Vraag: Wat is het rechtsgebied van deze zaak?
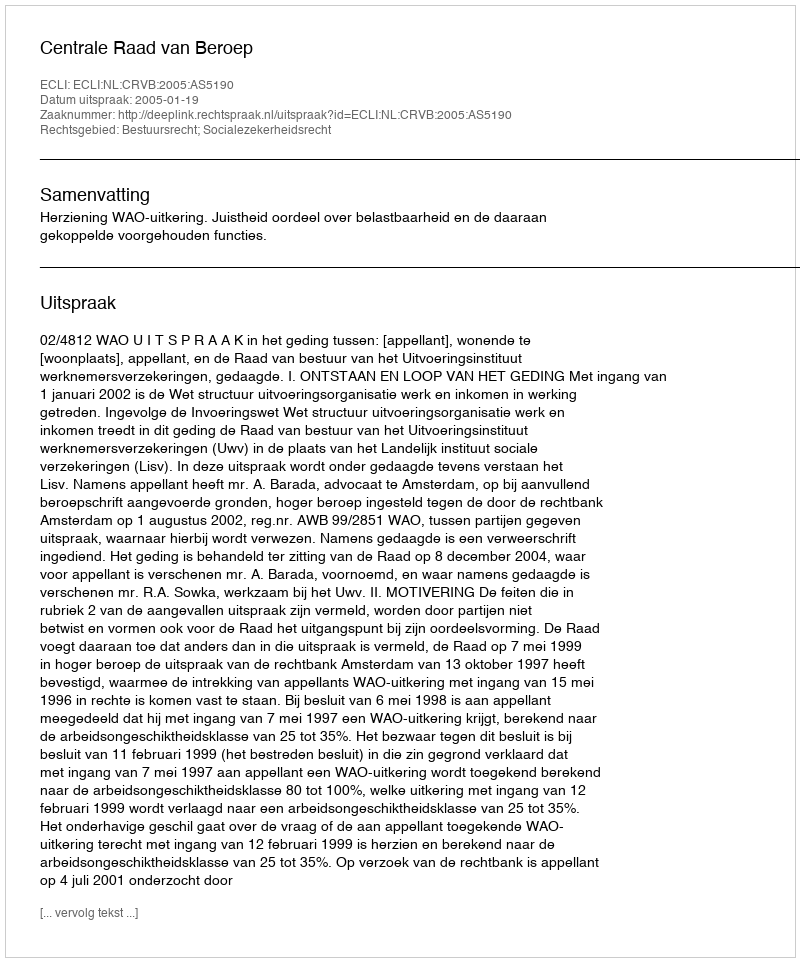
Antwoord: Bestuursrecht; Socialezekerheidsrecht